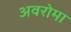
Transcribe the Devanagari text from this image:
अवरोमा